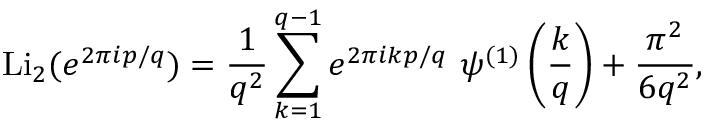
\mathrm { L i } _ { 2 } ( e ^ { 2 \pi i p / q } ) = \frac { 1 } { q ^ { 2 } } \sum _ { k = 1 } ^ { q - 1 } e ^ { 2 \pi i k p / q } ~ \psi ^ { ( 1 ) } \left( \frac { k } { q } \right) + \frac { \pi ^ { 2 } } { 6 q ^ { 2 } } ,